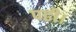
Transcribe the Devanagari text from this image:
पढी।